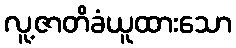
လူ့ဇာတိခံယူထားသော